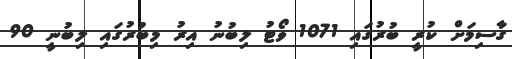
ގާސިމަށް ކުރީ ބުރުގައި 1071 ވޯޓު ލިބުނު އިރު މިބުރުގައި ލިބުނީ 90